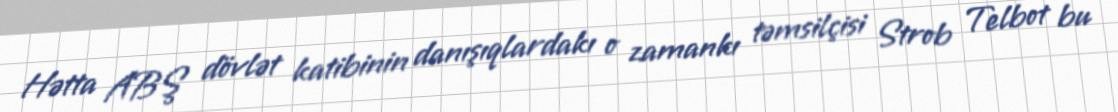
Hətta ABŞ dövlət katibinin danışıqlardakı o zamankı təmsilçisi Strob Telbot bu